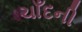
ચાઁદની